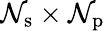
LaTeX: \mathcal{N}_{\mathrm{{s}}}\times\mathcal{N}_{\mathrm{{p}}}